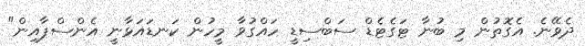
ދެވޭނެ. އެގޮތުން މި ބުނާ ޓަގެޓެޑް ސަބްސިޑީ ހައްގުވާ މީހުން ކަނޑައަޅާނީ އެންސްޕާއިން"